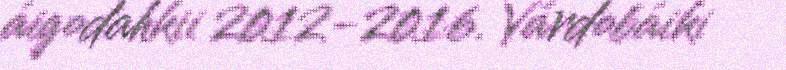
áigodahkii 2012-2016. Várdobáiki